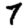
Digit: 7